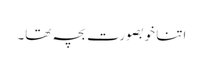
اتنا خوبصورت بچہ تھا۔